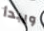
ويبدأ